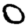
Digit: 0